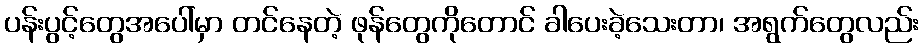
ပန်းပွင့်တွေအပေါ်မှာ တင်နေတဲ့ ဖုန်တွေကိုတောင် ခါပေးခဲ့သေးတာ၊ အရွက်တွေလည်း